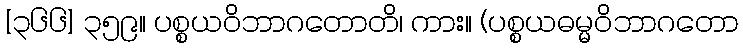
[၃၆၆] ၃၅၉။ ပစ္စယဝိဘာဂတောတိ၊ ကား။ (ပစ္စယဓမ္မဝိဘာဂတော